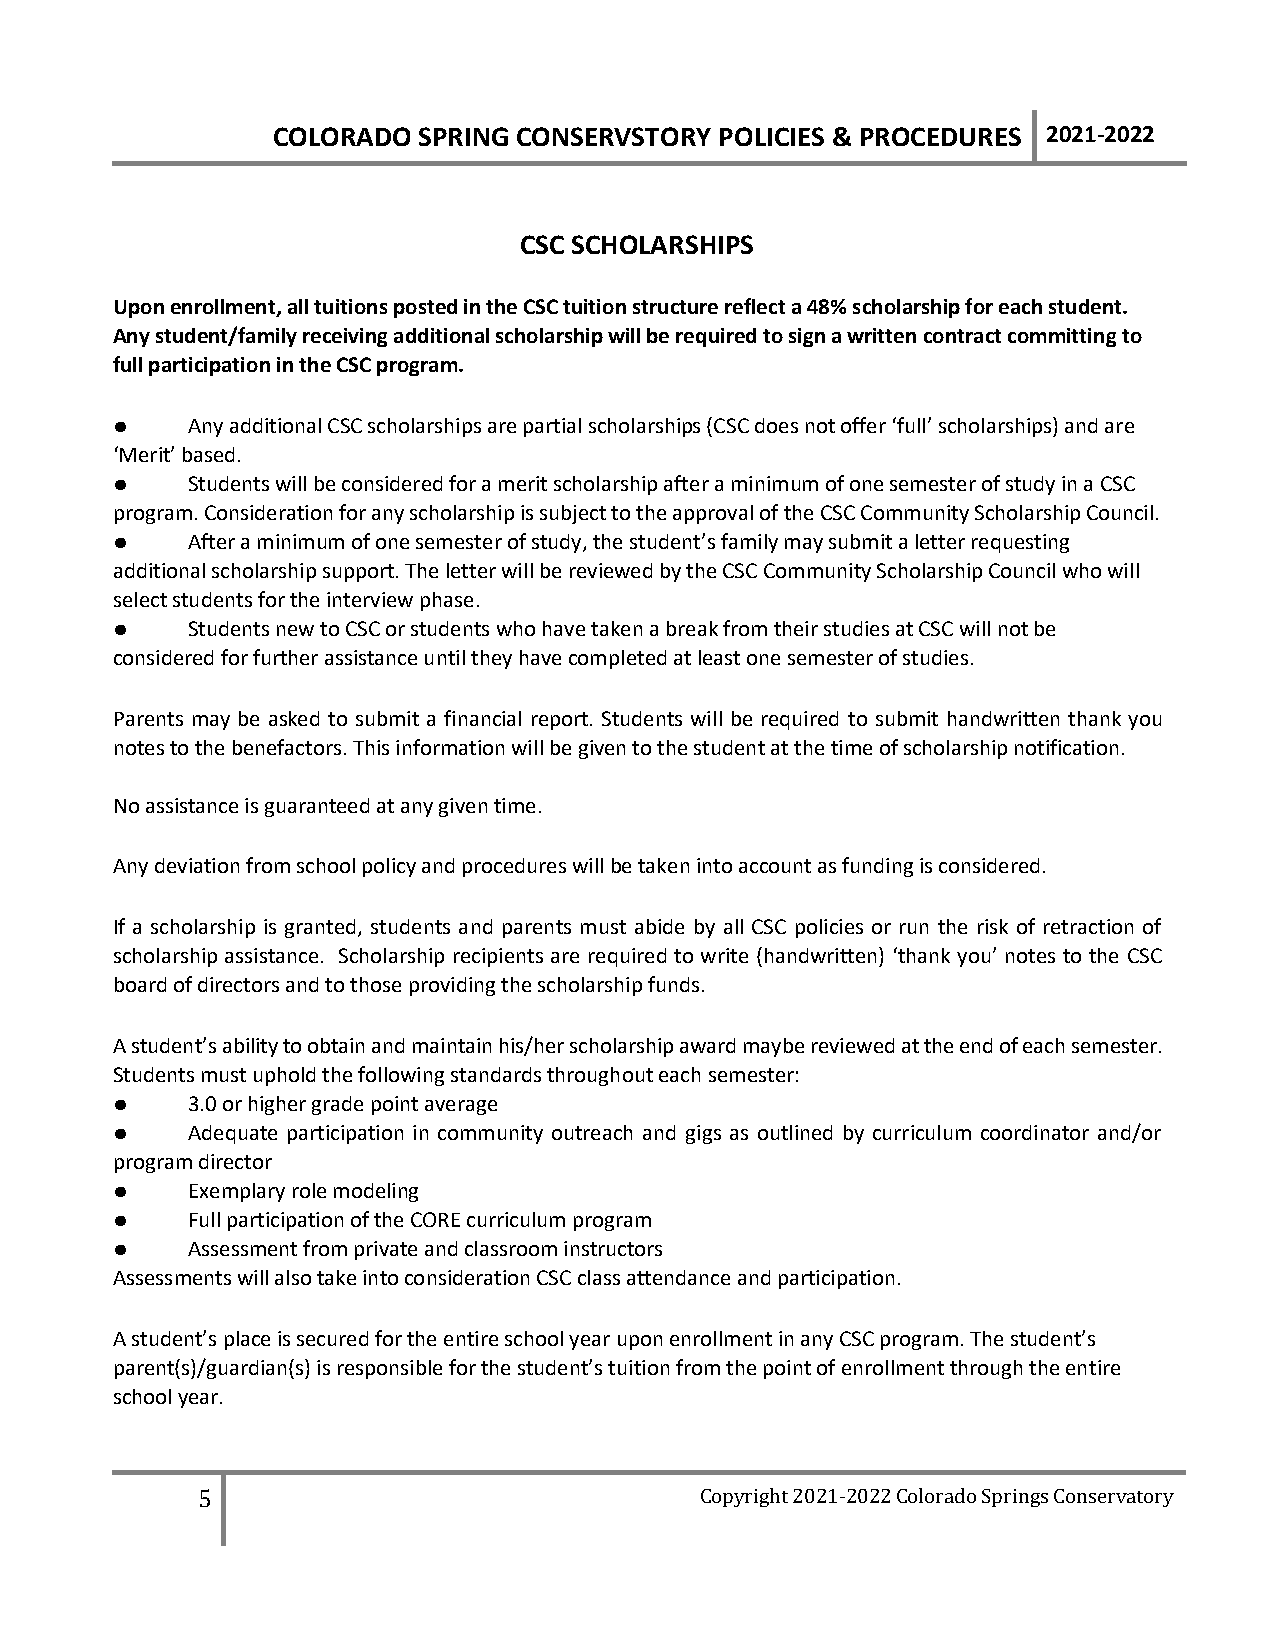
COLORADO  SPRING CONSERVSTORY POLICIES & PROCEDURES 2021-2022
 CSC SCHOLARSHIPS
 Upon enrollment, all tuitions posted in the CSC tuition structure reflect a 48% scholarship for each student.
 Any student/family receiving additional scholarship will be required to sign a written contract committing to
 full participation in the CSC program.
 ●    Any additional CSC scholarships are partial scholarships (CSC does not offer ‘full’ scholarships) and are
 ‘Merit’ based.
 ●    Students will be considered for a merit scholarship after a minimum of one semester of study in a CSC
 program. Consideration for any scholarship is subject to the approval of the CSC Community Scholarship Council.
 ●    After a minimum of one semester of study, the student’s family may submit a letter requesting
 additional scholarship support. The letter will be reviewed by the CSC Community Scholarship Council who will
 select students for the interview phase.
 ●    Students new to CSC or students who have taken a break from their studies at CSC will not be
 considered for further assistance until they have completed at least one semester of studies.
 Parents may be asked to submit a financial report. Students will be required to submit handwritten thank you
 notes to the benefactors. This information will be given to the student at the time of scholarship notification.
 No assistance is guaranteed at any given time.
 Any deviation from school policy and procedures will be taken into account as funding is considered.
 If a scholarship is granted, students and parents must abide by all CSC policies or run the risk of retraction of
 scholarship assistance. Scholarship recipients are required to write (handwritten) ‘thank you’ notes to the CSC
 board of directors and to those providing the scholarship funds.
 A student’s ability to obtain and maintain his/her scholarship award maybe reviewed at the end of each semester.
 Students must uphold the following standards throughout each semester:
 ●    3.0 or higher grade point average
 ●    Adequate participation in community outreach and gigs as outlined by curriculum coordinator and/or
 program director
 ●    Exemplary role modeling
 ●    Full participation of the CORE curriculum program
 ●    Assessment from private and classroom instructors
 Assessments will also take into consideration CSC class attendance and participation.
 A student’s place is secured for the entire school year upon enrollment in any CSC program. The student’s
 parent(s)/guardian(s) is responsible for the student’s tuition from the point of enrollment through the entire
 school year.
 5                                Copyright 2021-2022 Colorado Springs Conservatory